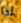
لذا